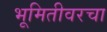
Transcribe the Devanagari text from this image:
भूमितीवरचा